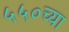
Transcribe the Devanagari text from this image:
५५०च्या